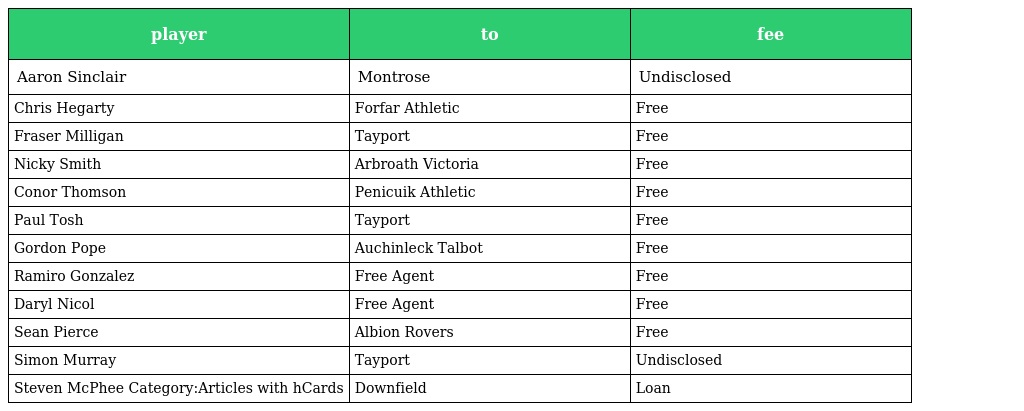
| player | to | fee |
 | --- | --- | --- |
 | Aaron Sinclair | Montrose | Undisclosed |
 | Chris Hegarty | Forfar Athletic | Free |
 | Fraser Milligan | Tayport | Free |
 | Nicky Smith | Arbroath Victoria | Free |
 | Conor Thomson | Penicuik Athletic | Free |
 | Paul Tosh | Tayport | Free |
 | Gordon Pope | Auchinleck Talbot | Free |
 | Ramiro Gonzalez | Free Agent | Free |
 | Daryl Nicol | Free Agent | Free |
 | Sean Pierce | Albion Rovers | Free |
 | Simon Murray | Tayport | Undisclosed |
 | Steven McPhee Category:Articles with hCards | Downfield | Loan |